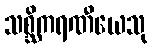
သစ္ဆိကရဏီယေသု